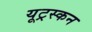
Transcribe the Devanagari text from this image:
यूट्रस्कन